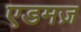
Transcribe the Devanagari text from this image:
एडमज़